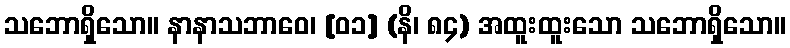
သဘောရှိသော။ နာနာသဘာဝေ၊ [၀၁] (နိ၊ ၈၄) အထူးထူးသော သဘောရှိသော။